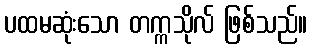
ပထမဆုံးသော တက္ကသိုလ် ဖြစ်သည်။